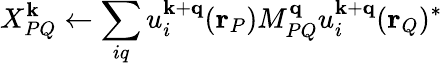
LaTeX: X_{PQ}^{\mathbf{k}}\leftarrow\sum_{iq}u_{i}^{\mathbf{k}+\mathbf{q}}(\mathbf{r}_{P})M_{PQ}^{\mathbf{q}}u_{i}^{\mathbf{k}+\mathbf{q}}(\mathbf{r}_{Q})^{*}